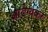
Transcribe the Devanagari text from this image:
आरोग्यकर